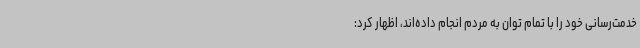
خدمت‌رسانی خود را با تمام توان به مردم انجام داده‌اند، اظهار کرد: